Senior Leaving Certificate Examination (including Day School Certificate (Higher) General paper), 1950
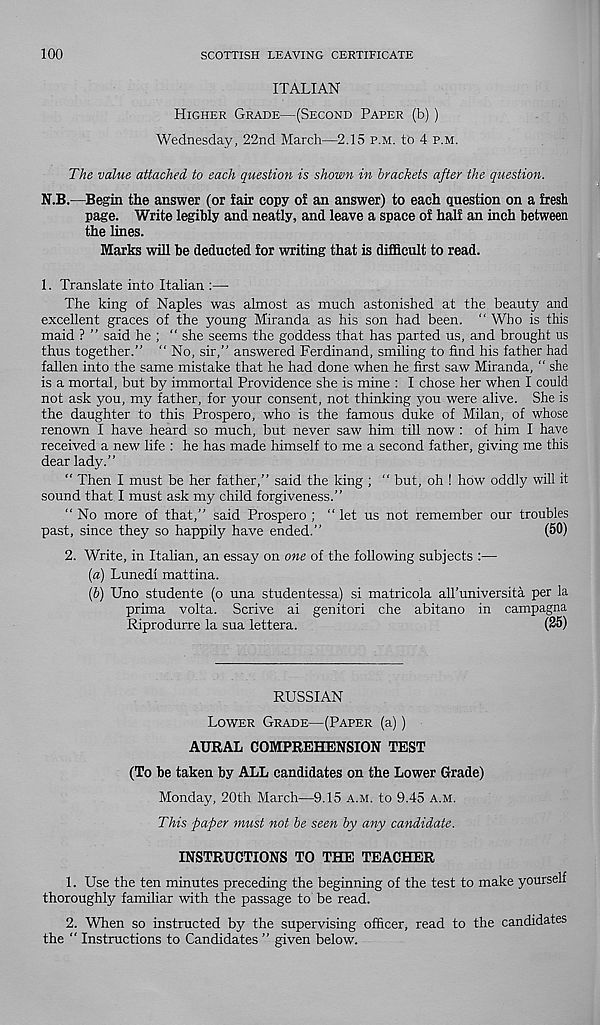
100
SCOTTISH LEAVING CERTIFICATE
ITALIAN
Higher Grade—(Second Paper (b) )
Wednesday, 22nd March—2.15 p.m. to 4 p.m.
The value attached to each question is shown in brackets after the question.
N.B.—Begin the answer (or fair copy of an answer) to each question on a fresh
page. Write legibly and neatly, and leave a space of half an inch between
the lines.
Marks will be deducted for writing that is difficult to read.
1. Translate into Italian :—
The king of Naples was almost as much astonished at the beauty and
excellent graces of the young Miranda as his son had been. “ Who is this
maid ? ” said he ; “ she seems the goddess that has parted us, and brought us
thus together.” ” No, sir,” answered Ferdinand, smiling to find his father had
fallen into the same mistake that he had done when he first saw Miranda, “ she
is a mortal, but by immortal Providence she is mine : I chose her when I could
not ask you, my father, for your consent, not thinking you were alive. She is
the daughter to this Prospero, who is the famous duke of Milan, of whose
renown I have heard so much, but never saw him till now : of him I have
received a new life : he has made himself to me a second father, giving me this
dear lady.”
“ Then I must be her father,” said the king ; “ but, oh ! how oddly will it
sound that I must ask my child forgiveness.”
“No more of that,” said Prospero ; “ let us not remember our troubles
past, since they so happily have ended.”
(50)
2. Write, in Italian, an essay on one of the following subjects :—
(a) Lunedi mattina.
(b) Uno studente (o una studentessa) si matricola aU’universita per la
prima volta. Scrive ai genitori che abitano in campagna
Riprodurre la sua lettera.
(25)
RUSSIAN
Lower Grade—(Paper (a))
AURAL COMPREHENSION TEST
(To be taken by ALL candidates on the Lower Grade)
Monday, 20th March—9.15 a.m. to 9.45 a.m.
This -paper must not be seen by any candidate.
INSTRUCTIONS TO THE TEACHER
1. Use the ten minutes preceding the beginning of the test to make yourself
thoroughly familiar with the passage to be read.
2. When so instructed by the supervising officer, read to the candidates
the ” Instructions to Candidates ” given below.